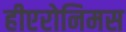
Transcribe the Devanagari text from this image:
हीएरोनिमस